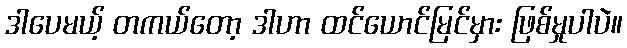
ဒါပေမယ့် တကယ်တော့ ဒါဟာ ထင်ယောင်မြင်မှား ဖြစ်မှုပါပဲ။